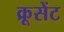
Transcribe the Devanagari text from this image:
क्रूसेंट